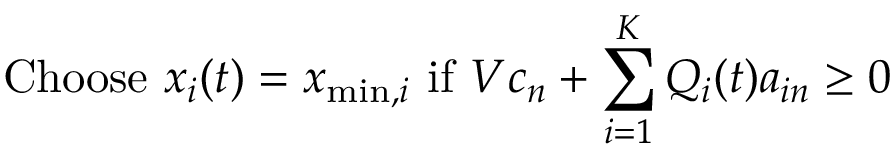
{ \mathrm { C h o o s e ~ } } x _ { i } ( t ) = x _ { \operatorname* { m i n } , i } { \mathrm { ~ i f ~ } } V c _ { n } + \sum _ { i = 1 } ^ { K } Q _ { i } ( t ) a _ { i n } \geq 0